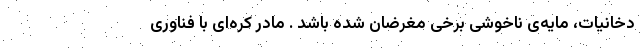
دخانیات، مایه‌ی ناخوشی برخی مغرضان شده باشد . مادر کره‌ای با فناوری